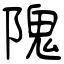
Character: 隗